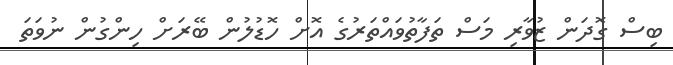
ބިސް ގޮދަން ޒުވާރި މަސް ތަފާތުވައްތަރުގެ އޮށް ހޮޑުލުން ބޭރަށް ހިންގުން ނުވަތަ